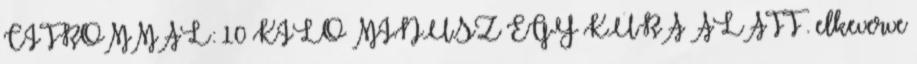
CITROMMAL: 10 KILÓ MÍNUSZ EGY KÚRA ALATT . elkeverve